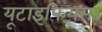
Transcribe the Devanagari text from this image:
यूटाइफियस।